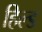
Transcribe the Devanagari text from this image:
हिल्ड